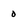
Character: 0